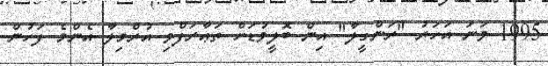
1995 ވަނަ އަހަރު "ރަންގީލާ" އިން ބޮލީވުޑަށް ތަޢާރަފްވި އުރްމިލާ އެންމެ ފަހުން